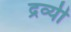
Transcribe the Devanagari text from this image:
द्रव्यी